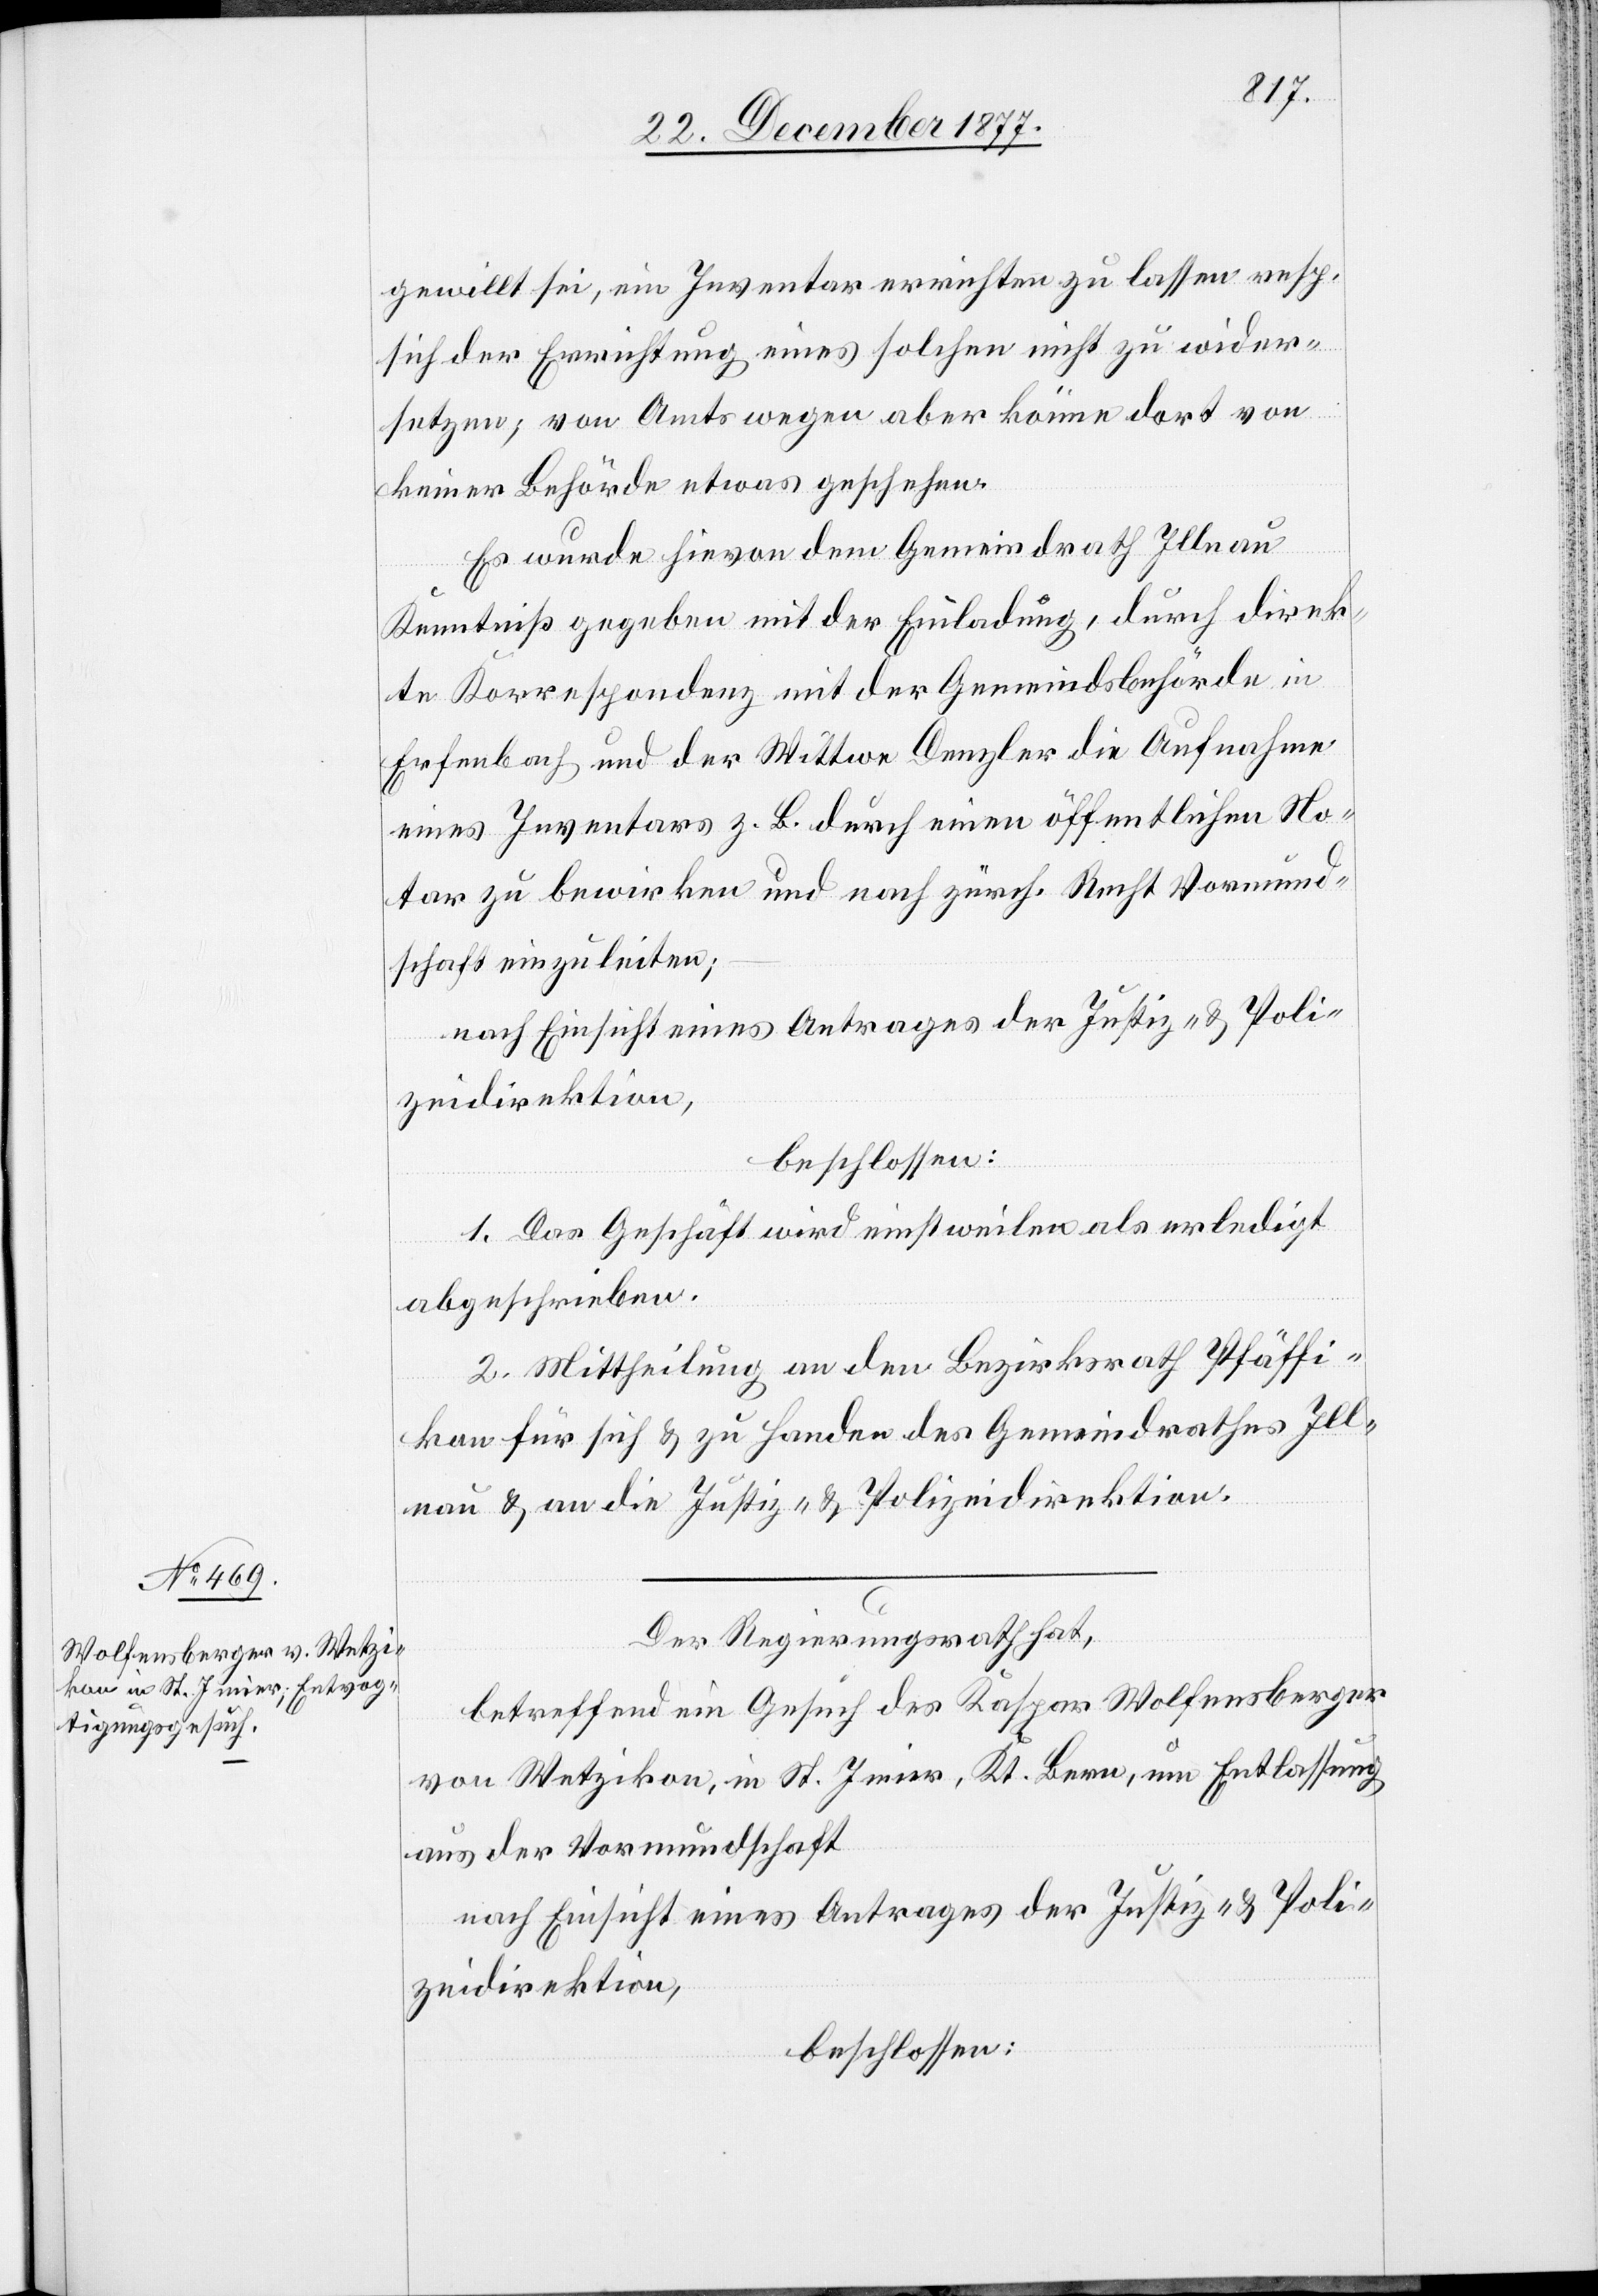
gewillt sei, ein Inventar errichten zu lassen resp.
sich der Errichtung eines solchen nicht zu wider¬
setzen; von Amtswegen aber könne dort von
keiner Behörde etwas geschehen.
Es wurde hievon dem Gemeindrath Illnau
Kenntniß gegeben mit der Einladung, durch direk¬
te Korrespondenz mit der Gemeindsbehörde in
Erfenbach und der Wittwe Denzler die Aufnahme
eines Inventars z. B. durch einen öffentlichen No¬
tar zu bewirken und nach zürch. Recht Vormund¬
schaft einzuleiten;
nach Einsicht eines Antrages der Justiz- & Poli¬
zeidirektion,
beschlossen:
1. Das Geschäft wird einstweilen als erledigt
abgeschrieben.
2. Mittheilung an den Bezirksrath Pfäffi¬
kon für sich & zu Handen des Gemeindrathes Ill¬
nau & an die Justiz- & Polizeidirektion.
Der Regierungsrath hat,
betreffend ein Gesuch des Kaspar Wolfensberger
von Wetzikon, in St. Imier, Kt. Bern, um Entlassung
aus der Vormundschaft
nach Einsicht eines Antrages der Justiz- & Poli¬
zeidirektion,
beschlossen: